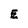
Character: E